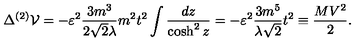
\Delta ^ { ( 2 ) } { \cal V } = - \varepsilon ^ { 2 } \frac { 3 m ^ { 3 } } { 2 { \sqrt { 2 } } \lambda } m ^ { 2 } t ^ { 2 } \int \frac { d z } { \cosh ^ { 2 } z } = - \varepsilon ^ { 2 } \frac { 3 m ^ { 5 } } { \lambda { \sqrt 2 } } t ^ { 2 } \equiv \frac { M V ^ { 2 } } { 2 } .